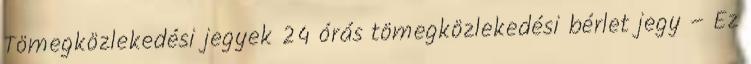
Tömegközlekedési jegyek 24 órás tömegközlekedési bérlet jegy – Ez